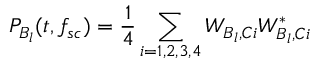
P _ { B _ { l } } ( t , f _ { s c } ) = \frac { 1 } { 4 } \sum _ { i = 1 , 2 , 3 , 4 } W _ { B _ { l } , C i } W _ { B _ { l } , C i } ^ { * }